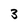
Character: 3